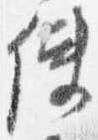
使